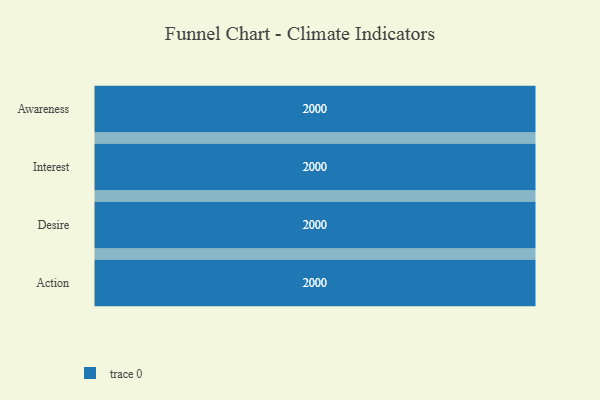
{"axis": {"x": "Stage", "y": "Value"}, "legend": [""], "data": [{"x": "Awareness", "y": 2000, "type": ""}, {"x": "Interest", "y": 2000, "type": ""}, {"x": "Desire", "y": 2000, "type": ""}, {"x": "Action", "y": 2000, "type": ""}]}